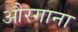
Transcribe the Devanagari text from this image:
औरगाना